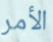
الأمر